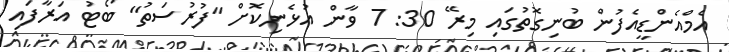
އެމްއެންޑީއެފުން ބުނިގޮތުގައި މިރޭ 30: 7 ވާން އުޅެނިކޮށް "ފުރުސަތު" ބޯޓު އަރާފައި